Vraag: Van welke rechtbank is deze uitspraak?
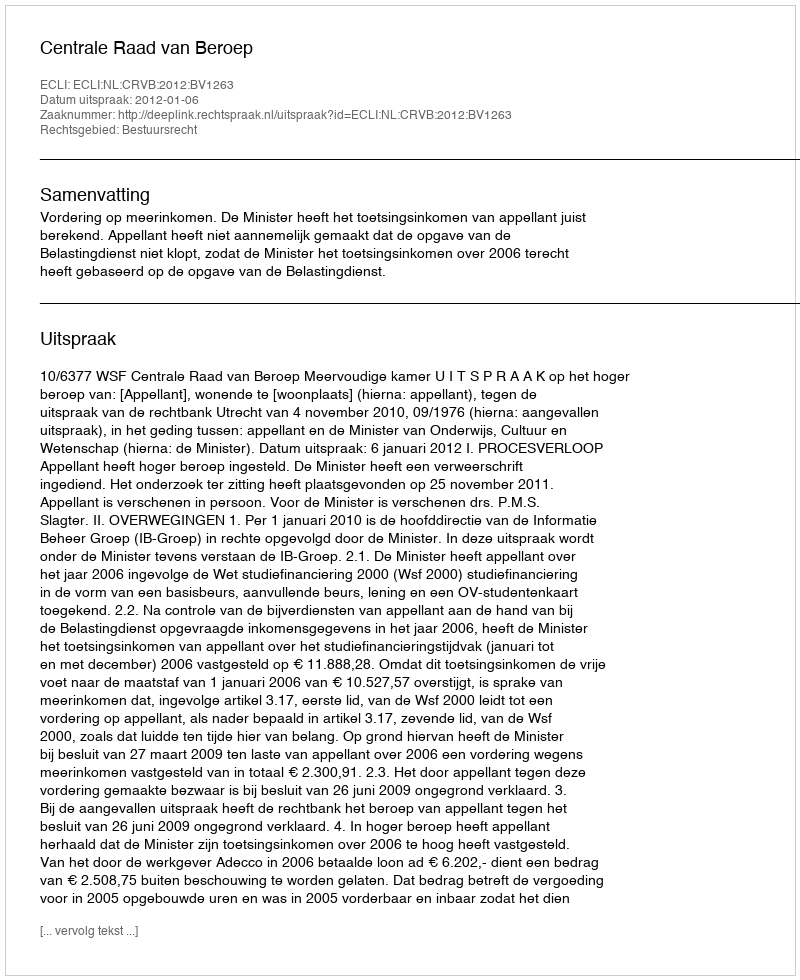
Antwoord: Centrale Raad van Beroep